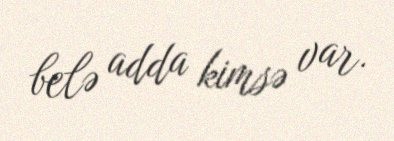
belə adda kimsə var.